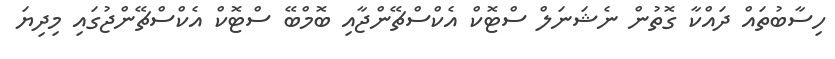
ހިސާބުތައް ދައްކާ ގޮތުން ނެޝަނަލް ސްޓޮކް އެކްސްޗޭންޖާއި ބޮމްބޭ ސްޓޮކް އެކްސްޗޭންޖުގައި މިދިޔަ